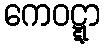
ကေဝဋ္ဋာ